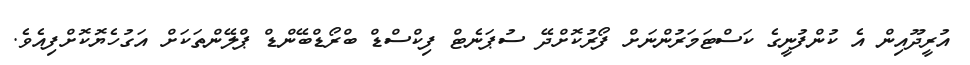
އުރީދޫއިން އެ ކުންފުނީގެ ކަސްޓަމަރުންނަށް ފޯރުކޮށްދޭ ސުޕަނެޓް ފިކްސްޑް ބްރޯޑްބޭންޑް ޕްލޭންތަކަށް އަގުހެޔޮކޮށްފިއެވެ.